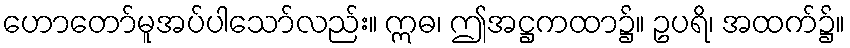
ဟောတော်မူအပ်ပါသော်လည်း။ ဣဓ၊ ဤအဋ္ဌကထာ၌။ ဥပရိ၊ အထက်၌။